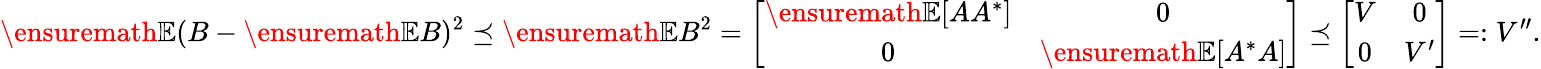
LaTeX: \ensuremath{\mathbb E}(B-\ensuremath{\mathbb E}B)^{2}\preceq\ensuremath{\mathbb E}B^{2}=\left[\begin{array}{cc}{\ensuremath{\mathbb E}[AA^{*}]}&{0}\\ {0}&{\ensuremath{\mathbb E}[A^{*}A]}\end{array}\right]\preceq\left[\begin{array}{cc}{V}&{0}\\ {0}&{V^{\prime}}\end{array}\right]=:V^{\prime\prime}.